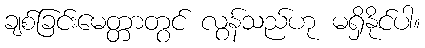
ချစ်ခြင်းမေတ္တာတွင် လွန်သည်ဟု မရှိနိုင်ပါ။